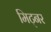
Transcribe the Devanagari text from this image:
मिट्नर